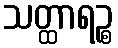
သတ္ထာရဉ္စ